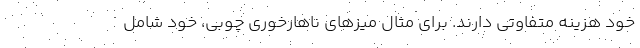
خود هزینه متفاوتی دارند. برای مثال میزهای ناهارخوری چوبی، خود شامل